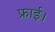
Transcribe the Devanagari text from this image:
फ्राई।